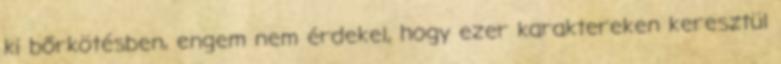
ki bőrkötésben, engem nem érdekel, hogy ezer karaktereken keresztül